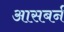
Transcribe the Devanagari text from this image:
आसबर्न